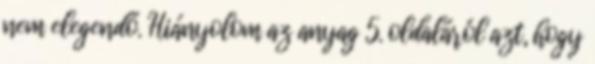
nem elegendő. Hiányolom az anyag 5. oldaláról azt, hogy